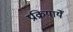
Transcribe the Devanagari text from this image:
प्रक्रियायेँ